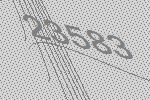
23583